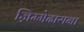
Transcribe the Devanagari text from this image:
ज़िम्मेदाराना